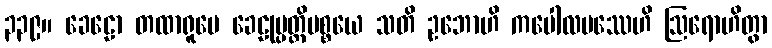
၃၃၉။ ခေဠော တထာရူပေ ခေဠုပ္ပတ္တိပစ္စယေ သတိ ဥဘောဟိ ကပေါလပဿေဟိ ဩရောဟိတွာ